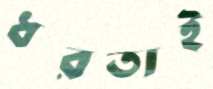
ধরতাই